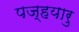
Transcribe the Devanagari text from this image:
पज्हयारु